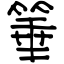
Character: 箠